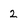
Character: 2